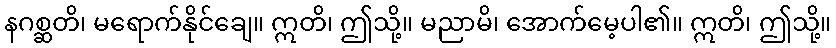
နဂစ္ဆတိ၊ မရောက်နိုင်ချေ။ ဣတိ၊ ဤသို့။ မညာမိ၊ အောက်မေ့ပါ၏။ ဣတိ၊ ဤသို့။